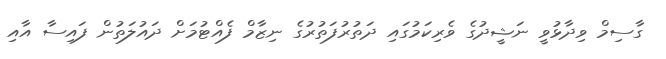
ގާސިމް ވިދާޅުވީ ނަޝީދުގެ ވެރިކަމުގައި ދަތުރުފަތުރުގެ ނިޒާމް ފެއްޓުމަށް ދައުލަތުން ފައިސާ އާއި